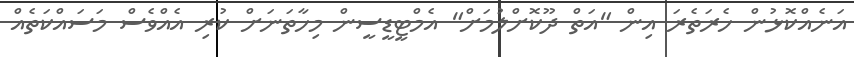
އަނެއްކޮޅުން ހެރަތެރަ އިން "އަތް ދޫކޮށްލުމަށް" އެމްޓީޑީސީން މިހާތަނަށް ކުރި އެއްވެސް މަސައްކަތެއް